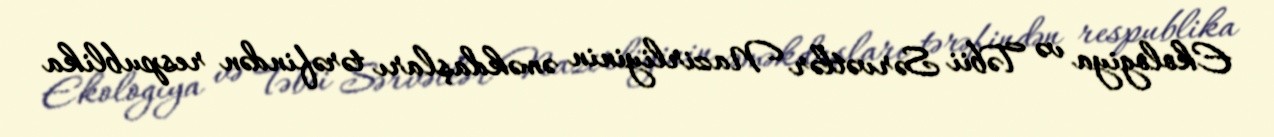
Ekologiya və Təbii Sərvətlər Nazirliyinin əməkdaşları tərəfindən respublika